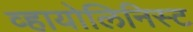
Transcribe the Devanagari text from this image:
व्हायोलिनिस्ट